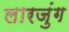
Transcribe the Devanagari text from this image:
लारजुंग